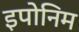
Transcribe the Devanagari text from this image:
इपोनिम